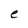
Character: e